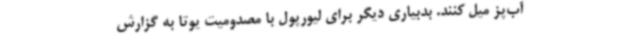
آب‌پز میل کنند. بدبیاری دیگر برای لیورپول با مصدومیت یوتا به گزارش